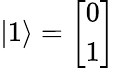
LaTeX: |1\rangle={\left[\begin{array}{l}{0}\\ {1}\end{array}\right]}